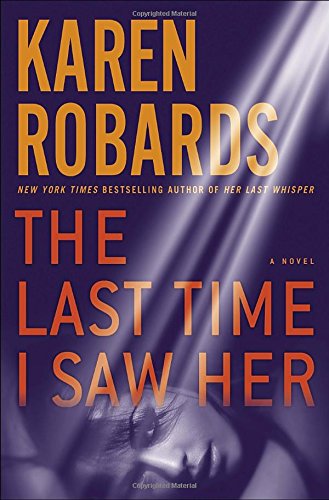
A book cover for The Last Time I Saw Her: A Novel (Dr. Charlotte Stone); Karen Robards; Romance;